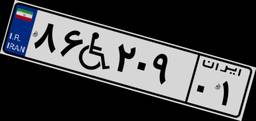
۸۶W۲۰۹۰۱